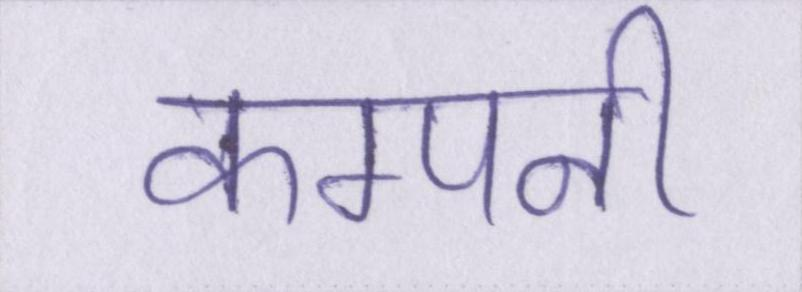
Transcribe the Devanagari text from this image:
कम्पनी